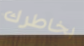
بخاطرك